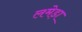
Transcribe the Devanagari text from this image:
लमेड़ा